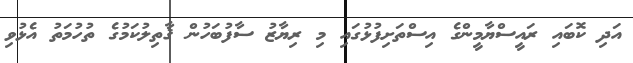
އަދި ކޮބައި ރައީސްޔާމީންގެ އިސްތަށިފުޅުގައި މި ރިޔާޒު ސާފުބަހުން ޤާތިލުކަމުގެ ތުހުމަތު އެޅުވި